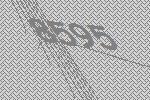
8595